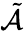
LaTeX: \tilde{\mathcal{A}}